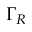
\Gamma _ { R }